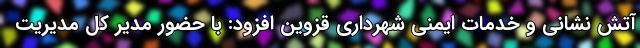
آتش نشانی و خدمات ایمنی شهرداری قزوین افزود: با حضور مدیر کل مدیریت